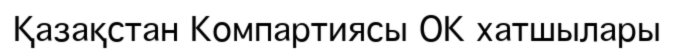
Қазақстан Компартиясы ОК хатшылары